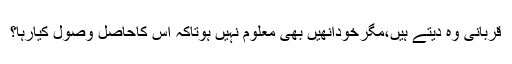
قربانی وہ دیتے ہیں،مگرخودانھیں بھی معلوم نہیں ہوتاکہ اس کاحاصل وصول کیارہا؟